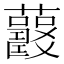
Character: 𧅍